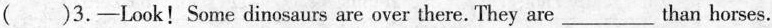
( )3.—Look! Some dinosaurs are over there. They are___than horses.